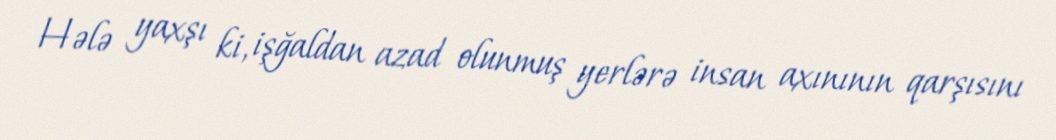
Hələ yaxşı ki, işğaldan azad olunmuş yerlərə insan axınının qarşısını